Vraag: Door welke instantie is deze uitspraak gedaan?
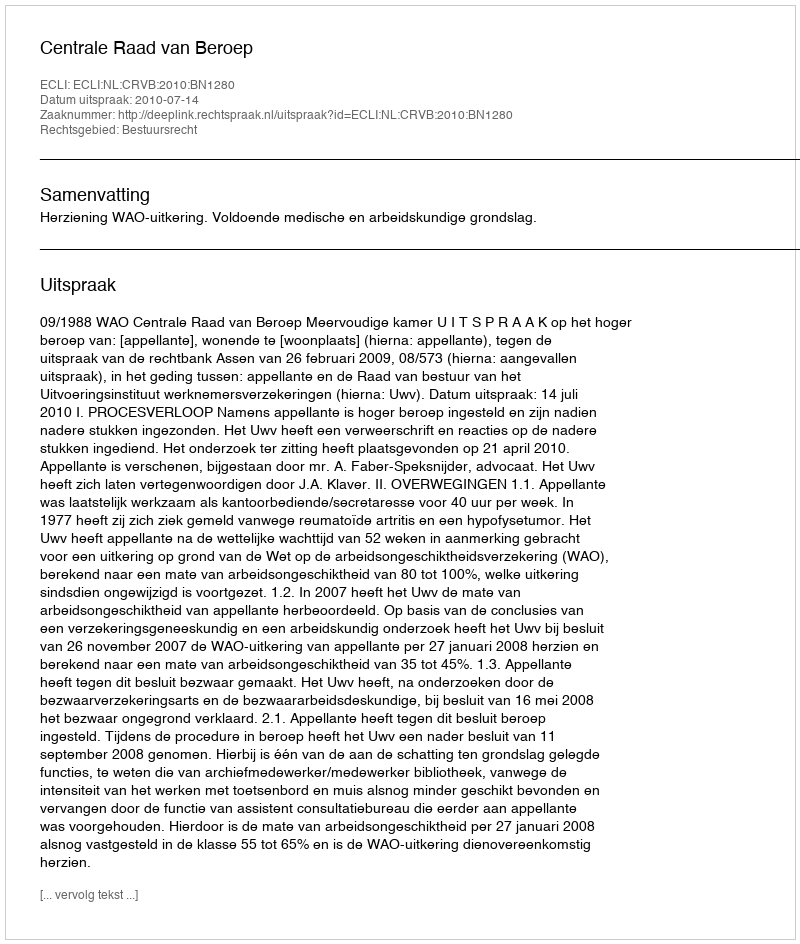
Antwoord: Centrale Raad van Beroep